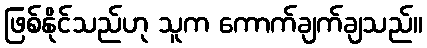
ဖြစ်နိုင်သည်ဟု သူက ကောက်ချက်ချသည်။